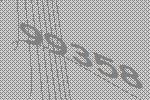
99358